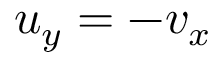
u _ { y } = - v _ { x }